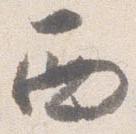
西